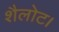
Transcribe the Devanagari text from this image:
शैलोट।